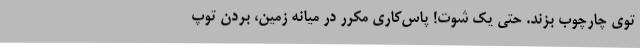
توی چارچوب بزند. حتی یک شوت! پاس‌کاری مکرر در میانه زمین، بردن توپ